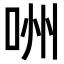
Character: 㖄